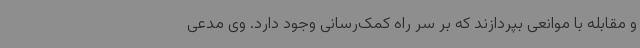
و مقابله با موانعی بپردازند که بر سر راه کمک‌رسانی وجود دارد. وی مدعی